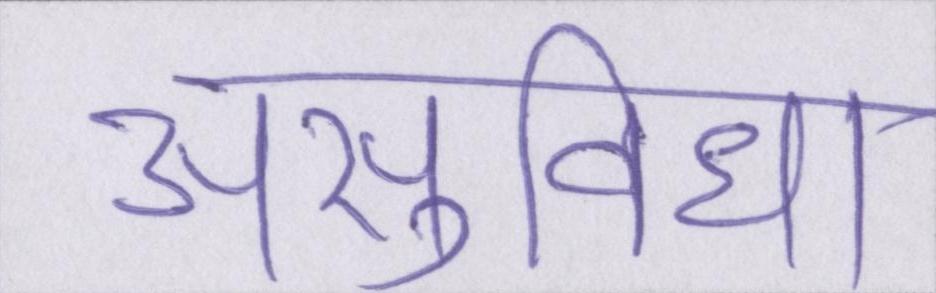
असुविधा